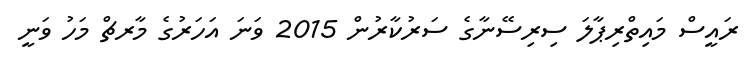
ރައީސް މައިތްރިޕާލަ ސިރިސޭނާގެ ސަރުކާރުން 2015 ވަނަ އަހަރުގެ މާރޗް މަހު ވަނީ